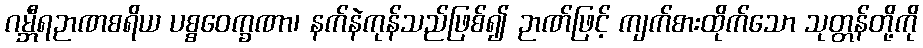
ဂမ္ဘီရဉာဏစရိယ ပစ္စဝေက္ခဏာ၊ နက်နဲကုန်သည်ဖြစ်၍ ဉာဏ်ဖြင့် ကျက်စားထိုက်သော သုတ္တန်တို့ကို